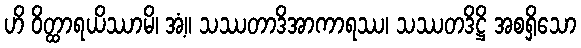
ဟိ ဝိတ္ထာရယိဿာမိ၊ အံ့။ သဿတာဒိအာကာရဿ၊ သဿတဒိဋ္ဌိ အစရှိသော